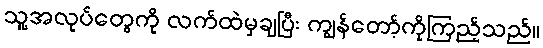
သူ့အလုပ်တွေကို လက်ထဲမှချပြီး ကျွန်တော့်ကိုကြည့်သည်။